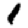
Digit: 1